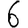
Digit: 6